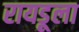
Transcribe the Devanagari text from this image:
रायडूला